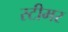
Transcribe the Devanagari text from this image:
स्‍टीमर